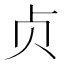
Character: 贞